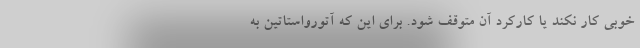
خوبی کار نکند یا کارکرد آن متوقف شود. برای این که آتورواستاتین به